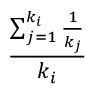
\frac { \sum _ { j = 1 } ^ { k _ { i } } { \frac { 1 } { k _ { j } } } } { k _ { i } }